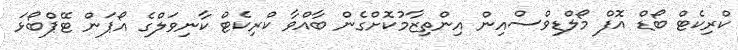
ކްރިކެޓް ބޯޑް އޮފް މޯލްޑިވްސްއިން އިންތިޒާމުކޮށްގެން ބާއްވާ ކްރިކެޓް ކާނިވަލްގެ އޯޕަން ޓޭޕްބޯޅަ